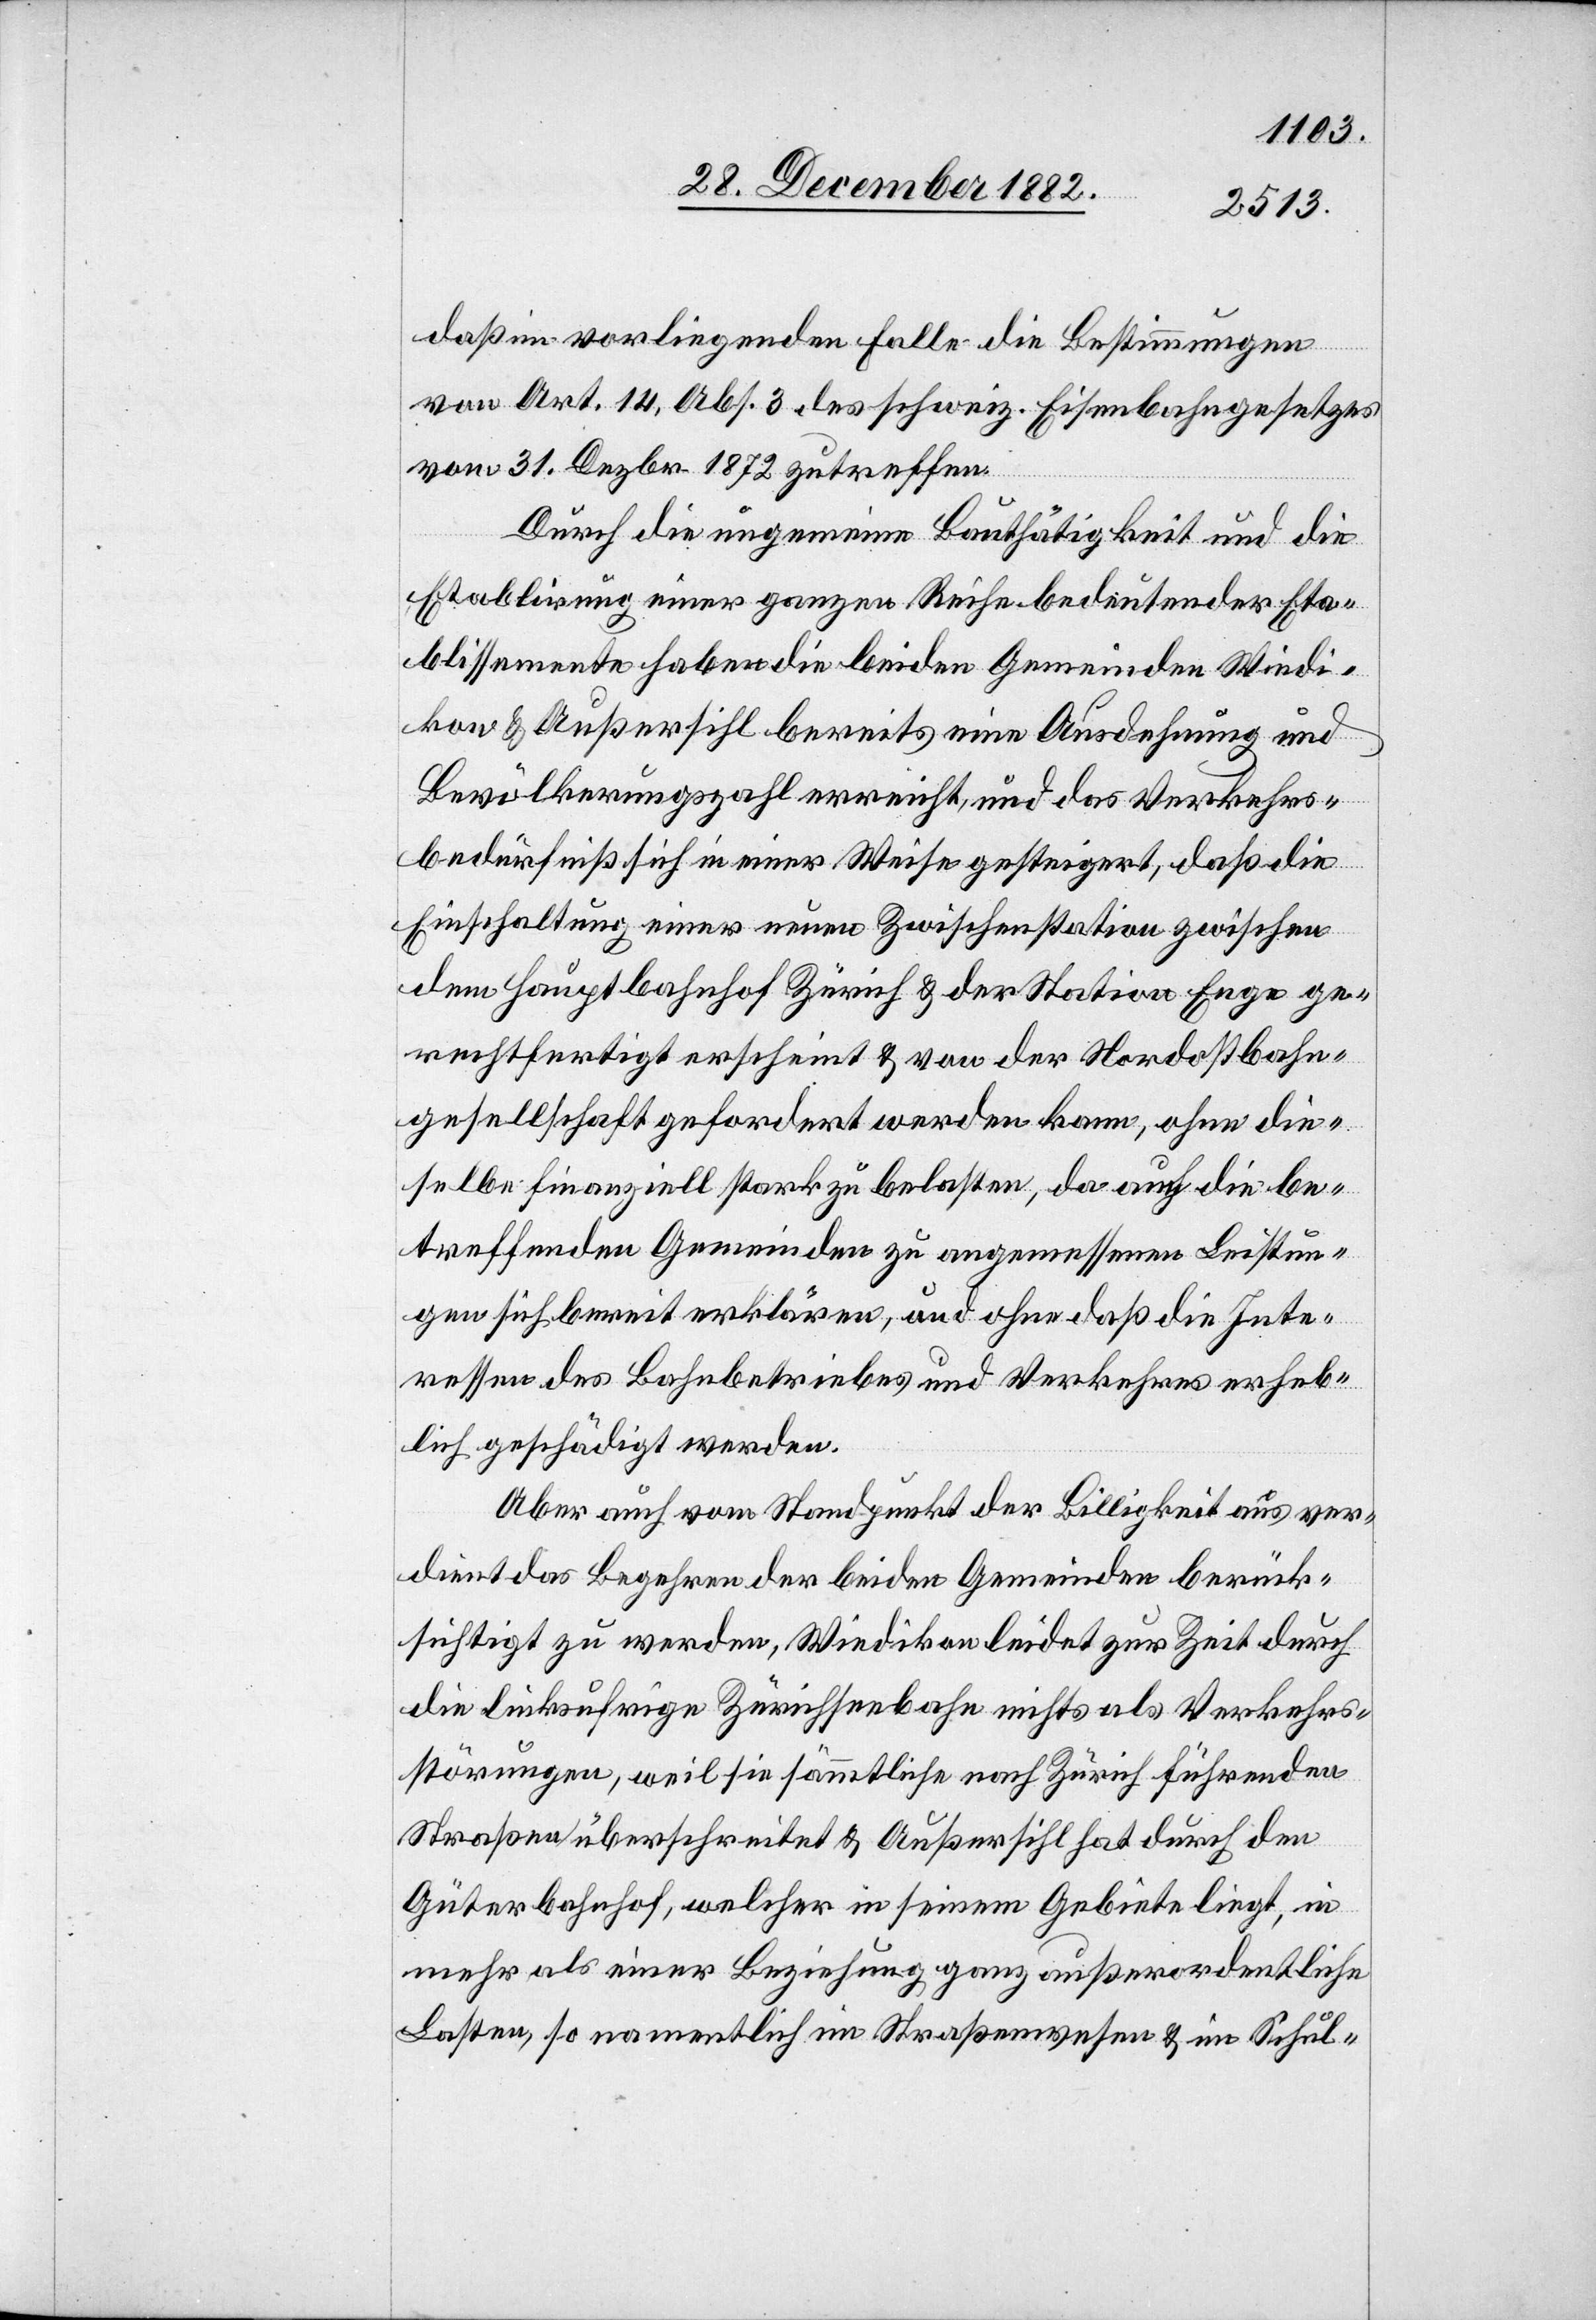
daß im vorliegenden Falle die Bestimmungen
von Art. 14, Abs. 3 des schweiz. Eisenbahngesetzes
vom 31. Dezbr. 1872 zutreffen.
Durch die ungemeine Bauthätigkeit und die
Etablirung einer ganzen Reihe bedeutender Eta¬
blissemente haben die beiden Gemeinden Wiedi¬
kon & Außersihl bereits eine Ausdehnung und
Bevölkerungszahl erreicht, und das Verkehrs¬
bedürfniß sich in einer Weise gesteigert, daß die
Einschaltung einer neuen Zwischenstation zwischen
dem Hauptbahnhof Zürich & der Station Enge ge¬
rechtfertigt erscheint & von der Nordostbahn¬
gesellschaft gefordert werden kann, ohne die¬
selbe finanziell stark zu belasten, da auch die be¬
treffenden Gemeinden zu angemessenen Leistun¬
gen sich bereit erklären, und ohne daß die Inte¬
ressen des Bahnbetriebes und Verkehres erheb¬
lich geschädigt werden.
Aber auch vom Standpunkt der Billigkeit aus ver¬
dient das Begehren der beiden Gemeinden berück¬
sichtigt zu werden, [recte: ;] Wiedikon leidet zur Zeit durch
die linksufrige Zürichseebahn nichts als Verkehrs¬
störungen, weil sie sämmtliche nach Zürich führenden
Straßen überschreitet & Außersihl hat durch den
Güterbahnhof, welcher in seinem Gebiete liegt, in
mehr als einer Beziehung ganz außerordentliche
Lasten, so namentlich im Straßenwesen & im Schul-